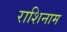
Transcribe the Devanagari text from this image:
राशिनाम